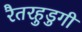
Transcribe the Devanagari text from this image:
रैतरहुडुगी